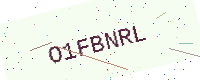
Text: O1FBNRL